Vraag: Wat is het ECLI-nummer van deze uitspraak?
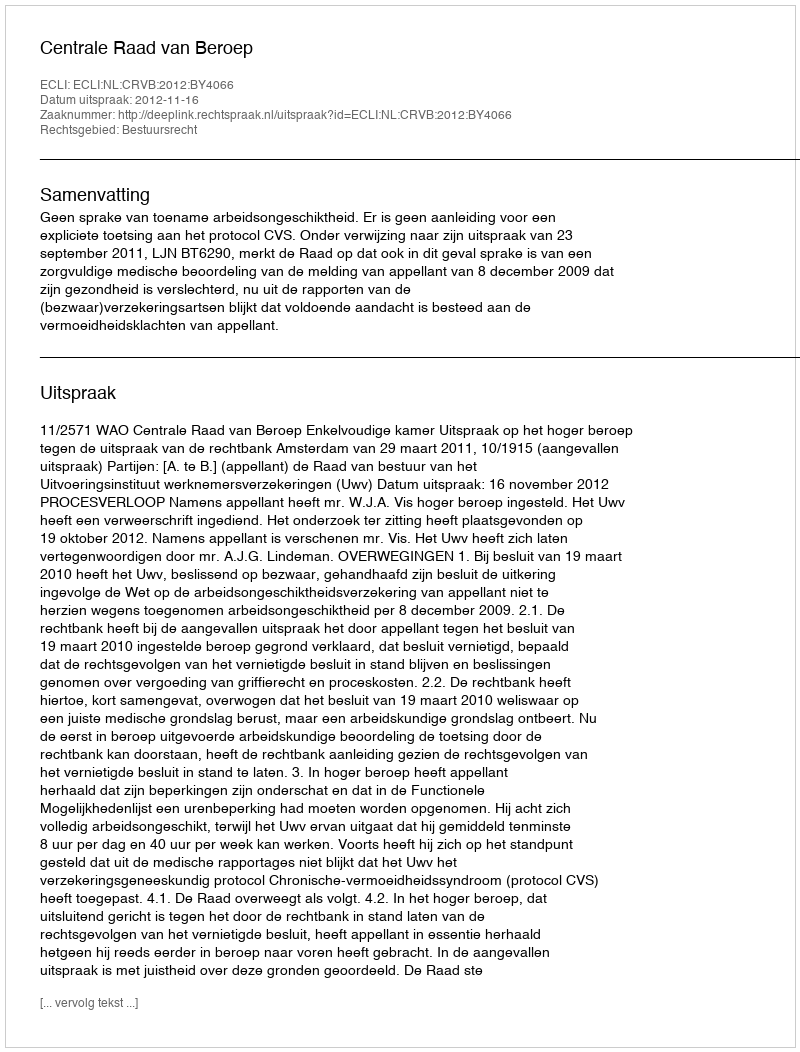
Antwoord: ECLI:NL:CRVB:2012:BY4066